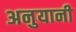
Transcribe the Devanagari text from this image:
अनुयानी